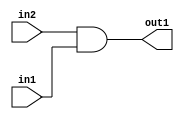
`timescale 1ps / 1ps
/*****************************************************************************
    Verilog RTL Description
    
    
    Created by: Stratus DpOpt 2019.1.01 
*******************************************************************************/

module cache_And_320Ux320U_320U_4 (
	in2,
	in1,
	out1
	); /* architecture "behavioural" */ 
input [319:0] in2,
	in1;
output [319:0] out1;
wire [319:0] asc001;

assign asc001 = 
	(in2)
	&(in1);

assign out1 = asc001;
endmodule

/* CADENCE  urn3TwA= : u9/ySgnWtBlWxVPRXgAZ4Og= ** DO NOT EDIT THIS LINE ******/